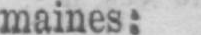
maines: